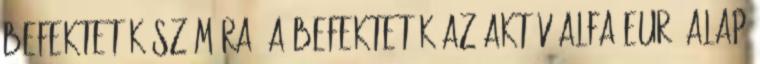
befektetők számára. A befektetők az Aktív Alfa Euró Alap